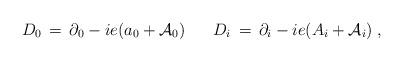
LaTeX: \begin{align*}D_0 \,=\, \partial_0 - ie(a_0 + {\mathcal A}_0)\;\;\;\;\;\;D_i \,=\, \partial_i - ie(A_i + {\mathcal A}_i)\;,\end{align*}